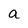
Character: a